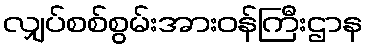
လျှပ်စစ်စွမ်းအားဝန်ကြီးဌာန